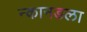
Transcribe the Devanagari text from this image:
न्कानडला